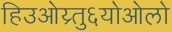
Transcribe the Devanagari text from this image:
हिउओय्र्तु६योओलो